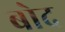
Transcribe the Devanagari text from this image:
बोद